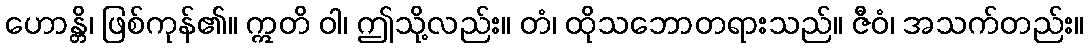
ဟောန္တိ၊ ဖြစ်ကုန်၏။ ဣတိ ဝါ၊ ဤသို့လည်း။ တံ၊ ထိုသဘောတရားသည်။ ဇီဝံ၊ အသက်တည်း။